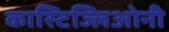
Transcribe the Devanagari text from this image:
कास्टिज्लिओनी